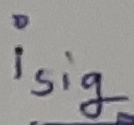
Text: isig